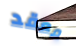
معقد